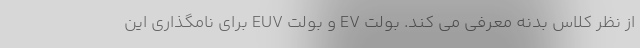
از نظر کلاس بدنه معرفی می کند. بولت EV و بولت EUV برای نامگذاری این